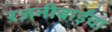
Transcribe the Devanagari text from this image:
रजनीबाईंचा